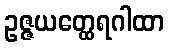
ဥဇ္ဇယတ္ထေရဂါထာ